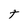
Character: t